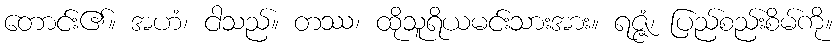
တောင်း၏။ အဟံ၊ ငါသည်။ တဿ၊ ထိုသူရိယမင်းသားအား။ ရဇ္ဇံ၊ ပြည်စည်းစိမ်ကို။